Structure of Hæmatopota pluvialis (Meigen) - Number 55
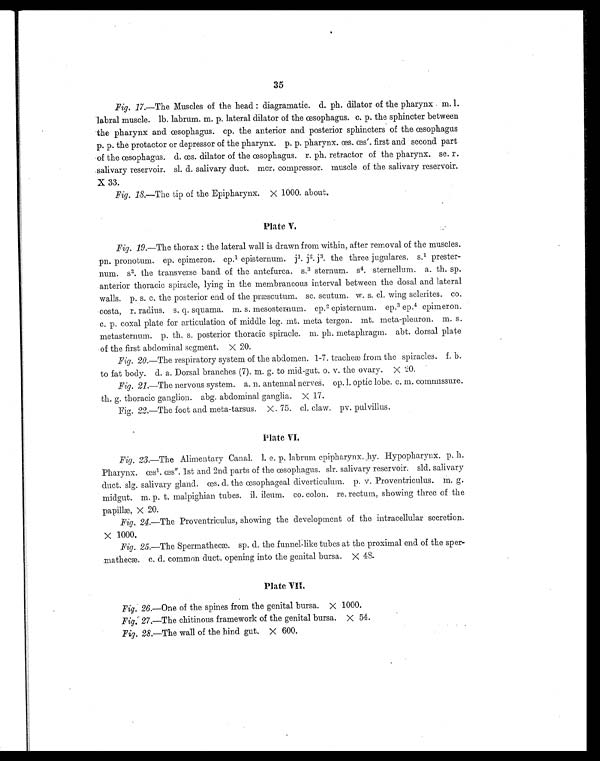
35
Fig. 17.—The Muscles of the head: diagramatic. d. ph. dilator of the pharynx m. l.
labral muscle. lb. labrum. m. p. lateral dilator of the œsophagus. c. p. the sphincter between
the pharynx and œsophagus. cp. the anterior and posterior sphincters of the œsophagus
p. p. the protactor or depressor of the pharynx. p. p. pharynx. œs. œs'. first and second part
of the œsophagus. d. œs dilator of the œsophagus. r. ph. retractor of the pharynx. se. r.
salivary reservoir. sl. d. salivary duct. mcr. compressor. muscle of the salivary reservoir.
X 33.
Fig. 18.—The tip of the Epipharynx. X 1000. about.
Plate V.
Fig. 19.—The thorax : the lateral wall is drawn from within, after removal of the muscles.
pn. pronotum. ep. epimeron. ep.1 episternum. j1. j2 j 3. the three jugulares. S.1 prester-
num. S2 . t h e t r a n s v e r s e b a n d o f t h e a n t e f u r c a . S .3
s t e r n u m . S
4 . s t e r n e l l u m . a . t h . s p .
anterior thoracic spiracle, lying in the membraneous interval between the dosal and lateral
walls. p. s. c. the posterior end of the præscutum. sc. scutum. w. s. cl. wing sclerites. co.
costa, r. radius. s. q. squama. m. s. mesosternum. ep. 2 episternum. ep. 3 ep. 4 epimeron.
c. p. coxal plate for articulation of middle leg. mt. meta tergon. mt. meta-pleuron. m. s.
metasternum. p. th. s. posterior thoracic spiracle. m. ph. metaphragm. abt. dorsal plate
of the first abdominal segment. X 20.
Fig. 20.—The respiratory system of the abdomen. 1-7. tracheæ from the spiracles. f. b.
to fat body. d. a. Dorsal branches (7). m. g. to mid-gut. o. v. the ovary. X 20.
Fig. 21.—The nervous system. a. n. antennal nerves. op.l. optic lobe. c. m. commissure.
th. g. thoracic ganglion. abg. abdominal ganglia. X. 17.
Fig. 22.—The foot and meta-tarsus. X 75. cl. claw. pv. pulvillus.
Plate VI.
Fig. 23.—The Alimentary Canal. l. e. p. labrum epipharynx. hy. Hypopharynx. p. h.
Pharynx. œs 1 . œs". 1st and 2nd parts of the œsophagus. slr. salivary reservoir. sld. salivary
duct. slg. salivary gland. œs. d. the œsophageal diverticulum. p. v. Proventriculus. m. g.
midgut. m. p. t. malpighian tubes. il. ileum. co. colon. re. rectum, showing three of the
papillæ, X 20.
Fig. 24.—The Proventriculus, showing the development of the intracellular secretion.
X 1000.
Fig. 25.—The Spermathecæ. sp. d. the funnel like tubes at the proximal end of the sper-
mathecæ. c. d. common duct. opening into the genital bursa. X 48.
Plate VII.
Fig. 26.—One of the spines from the genital bursa. X 1000.
Fig. 27.—The chitinous framework of the genital bursa. X 54.
Fig. 28.—The wall of the hind gut. X 600.